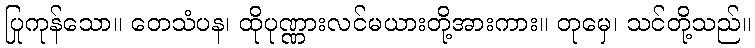
ပြုကုန်သော။ တေသံပန၊ ထိုပုဏ္ဏားလင်မယားတို့အားကား။ တုမှေ၊ သင်တို့သည်။